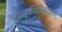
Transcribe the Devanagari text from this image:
गुणरूपविहीनत्वात्